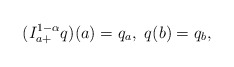
\begin{align*}(I^{1-\alpha}_{a+} q)(a) = q_a, \ q(b) = q_b, \end{align*}